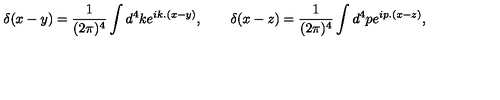
\delta ( x - y ) = { \frac { 1 } { ( 2 \pi ) ^ { 4 } } } \int d ^ { 4 } k e ^ { i k . ( x - y ) } , \qquad \delta ( x - z ) = { \frac { 1 } { ( 2 \pi ) ^ { 4 } } } \int d ^ { 4 } p e ^ { i p . ( x - z ) } ,